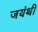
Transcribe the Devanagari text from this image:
जयंथी